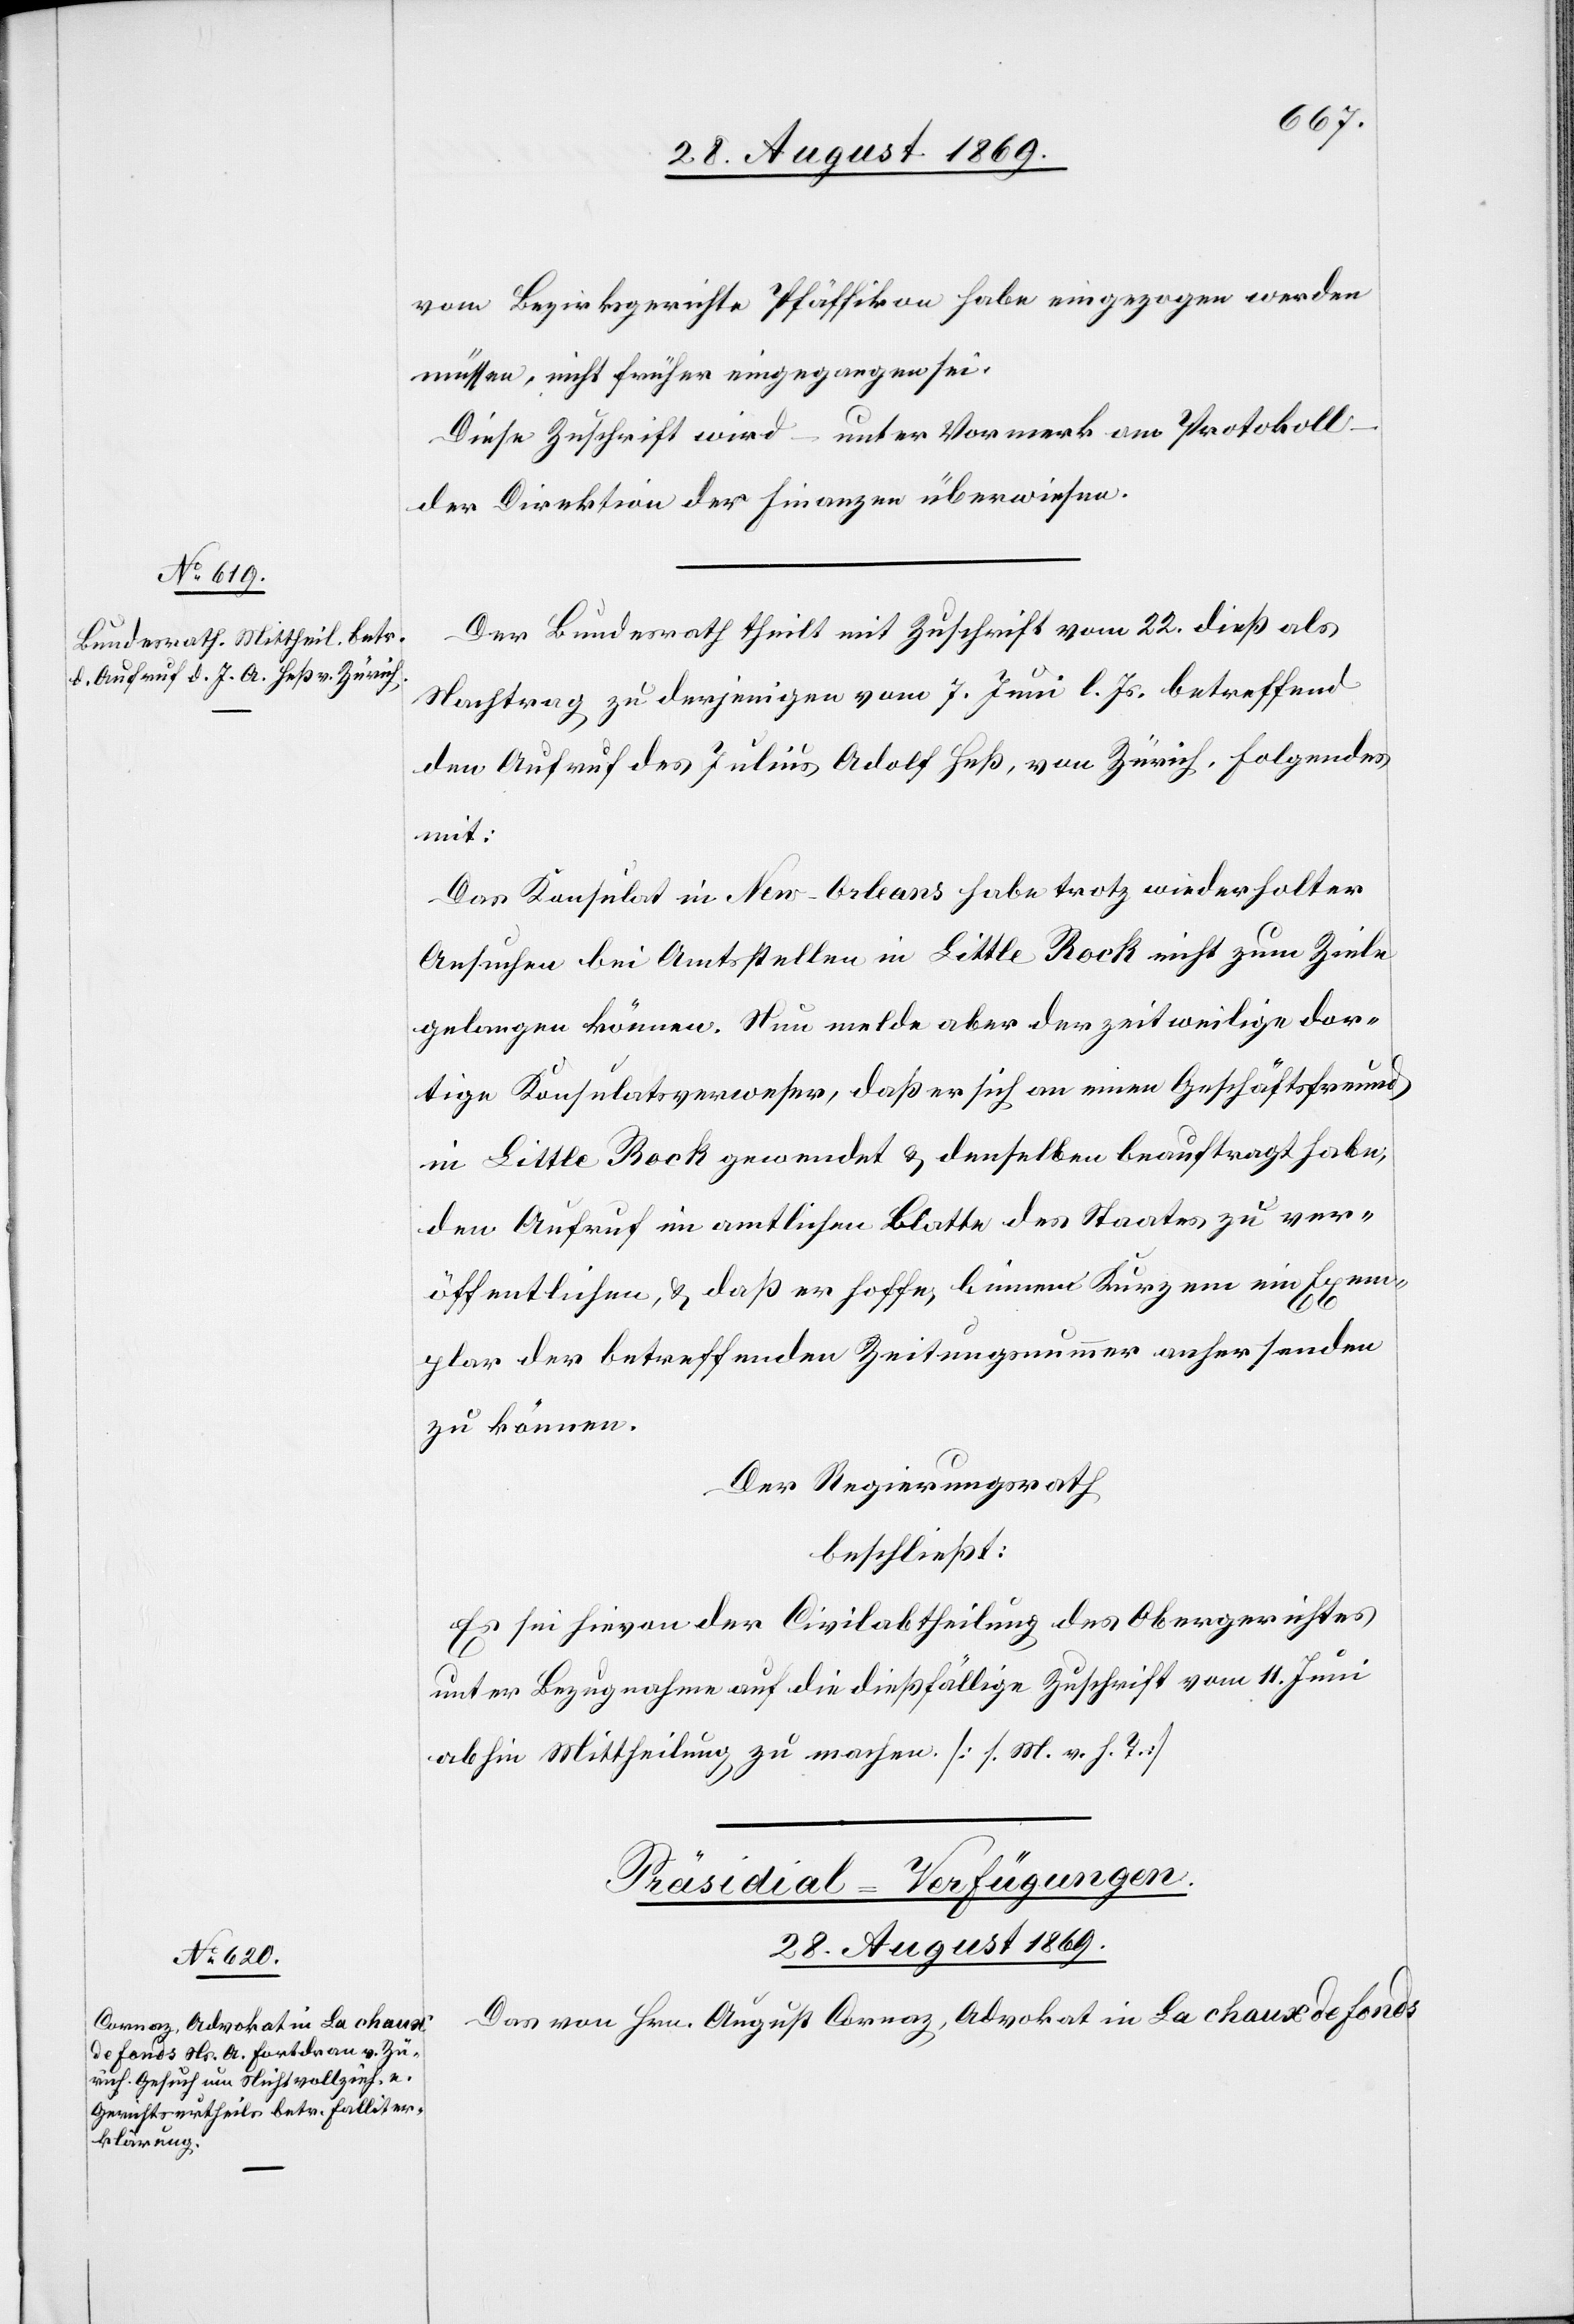
vom Bezirksgerichte Pfäffikon habe eingezogen werden
müssen, nicht früher eingegangen sei.
Diese Zuschrift wird – unter Vormerk am Protokoll
der Direktion der Finanzen überwiesen.
Der Bundesrath theilt mit Zuschrift vom 22. dieß als
Nachtrag zu derjenigen vom 7. Juni l. Js. betreffend
den Aufruf des Julius Adolf Heß, von Zürich, Folgendes
mit:
Das Konsulat in New-Orleans habe trotz wiederholter
Ansuchen bei Amtsstellen in Little Rock nicht zum Ziele
gelangen können. Nun melde aber der zeitweilige dor¬
tige Konsulatsverweser, daß er sich an einen Geschäftsfreund
in Little Rock gewendet & denselben beauftragt habe,
den Aufruf im amtlichen Blatte des Staates zu ver¬
öffentlichen, & daß er hoffe, binnen Kurzem ein Exem¬
plar der betreffenden Zeitungsnummer anher senden
zu können.
Der Regierungsrath
beschließt:
Es sei hievon der Civilabtheilung des Obergerichtes
unter Bezugnahme auf die dießfällige Zuschrift vom 11. Juni
abhin Mittheilung zu machen. [s. M. v. h. T.]
Präsidial-Verfügungen.
28. August 1869.
Das von Hrn. August Cornaz, Advokat in La chaux de Fonds